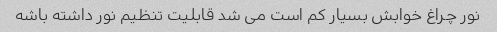
نور چراغ خوابش بسیار کم است می شد قابلیت تنظیم نور داشته باشه